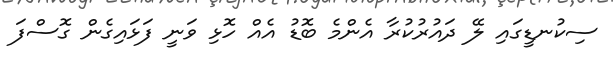
ސިކުނޑީގައި ލޭ ދައުރުކުރާ އެންމެ ބޮޑު އެއް ހޮޅި ވަނީ ފަޅައިގެން ގޮސްފަ